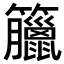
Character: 𥸆